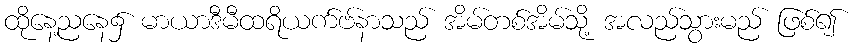
ထိုနေ့ညနေ၌ မာယာဒီမီထရိယက်ဗ်နာသည် အိမ်တစ်အိမ်သို့ အလည်သွားမည် ဖြစ်၍